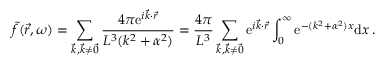
\Tilde { f } ( \vec { r } , \omega ) = \sum _ { \vec { k } , \vec { k } \neq \vec { 0 } } \frac { 4 \pi \mathrm { e } ^ { i \vec { k } \cdot \vec { r } } } { L ^ { 3 } ( k ^ { 2 } + \alpha ^ { 2 } ) } = \frac { 4 \pi } { L ^ { 3 } } \sum _ { \vec { k } , \vec { k } \neq \vec { 0 } } \mathrm { e } ^ { i \vec { k } \cdot \vec { r } } \int _ { 0 } ^ { \infty } \mathrm { e } ^ { - ( k ^ { 2 } + \alpha ^ { 2 } ) x } \mathrm { d } x \, .